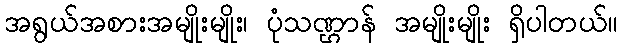
အရွယ်အစားအမျိုးမျိုး၊ ပုံသဏ္ဌာန် အမျိုးမျိုး ရှိပါတယ်။